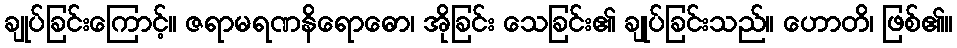
ချုပ်ခြင်းကြောင့်။ ဇရာမရဏနိရောဓော၊ အိုခြင်း သေခြင်း၏ ချုပ်ခြင်းသည်။ ဟောတိ၊ ဖြစ်၏။